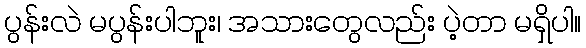
ပွန်းလဲ မပွန်းပါဘူး၊ အသားတွေလည်း ပဲ့တာ မရှိပါ။